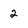
Character: 2